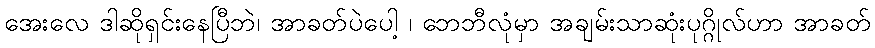
အေးလေ ဒါဆိုရှင်းနေပြီဘဲ၊ အာခတ်ပဲပေါ့ ၊ ဘေဘီလုံမှာ အချမ်းသာဆုံးပုဂ္ဂိုလ်ဟာ အာခတ်